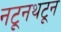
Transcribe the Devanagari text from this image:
नटूनथटून